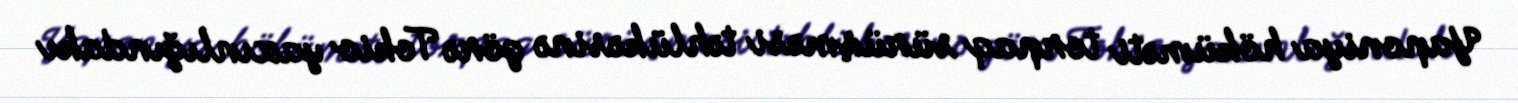
Yaponiya höküməti torpaq sürüşməsi təhlükəsinə görə Tokio yaxınlığındakı